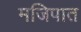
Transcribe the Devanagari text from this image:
मजिपात